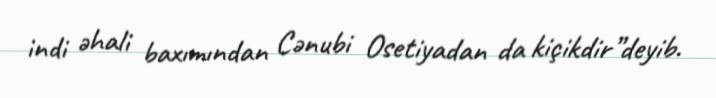
indi əhali baxımından Cənubi Osetiyadan da kiçikdir”deyib.